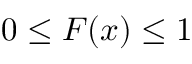
0 \leq F ( x ) \leq 1